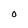
Character: O